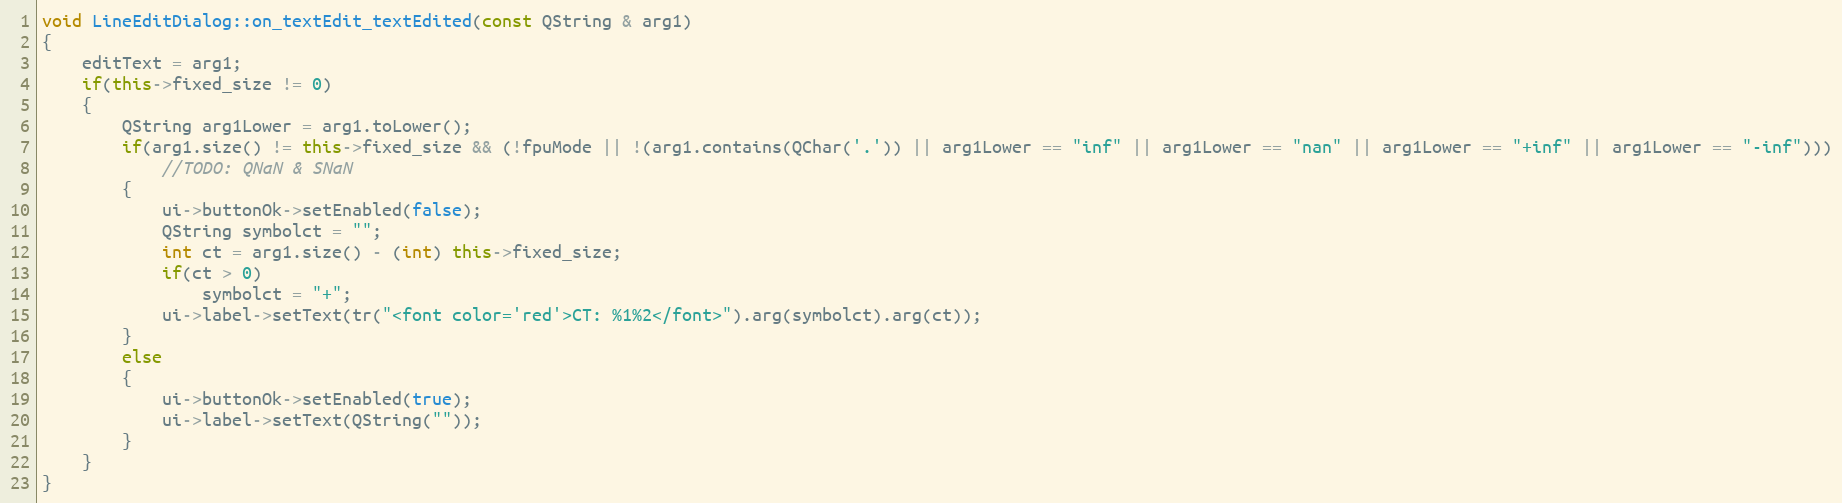
Language: C++
void LineEditDialog::on_textEdit_textEdited(const QString & arg1)
{
    editText = arg1;
    if(this->fixed_size != 0)
    {
        QString arg1Lower = arg1.toLower();
        if(arg1.size() != this->fixed_size && (!fpuMode || !(arg1.contains(QChar('.')) || arg1Lower == "inf" || arg1Lower == "nan" || arg1Lower == "+inf" || arg1Lower == "-inf")))
            //TODO: QNaN & SNaN
        {
            ui->buttonOk->setEnabled(false);
            QString symbolct = "";
            int ct = arg1.size() - (int) this->fixed_size;
            if(ct > 0)
                symbolct = "+";
            ui->label->setText(tr("<font color='red'>CT: %1%2</font>").arg(symbolct).arg(ct));
        }
        else
        {
            ui->buttonOk->setEnabled(true);
            ui->label->setText(QString(""));
        }
    }
}